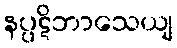
နပ္ပဋိဘာသေယျ